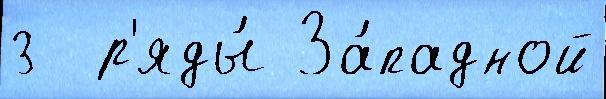
3  р'яды́ За́падной